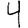
Digit: 4